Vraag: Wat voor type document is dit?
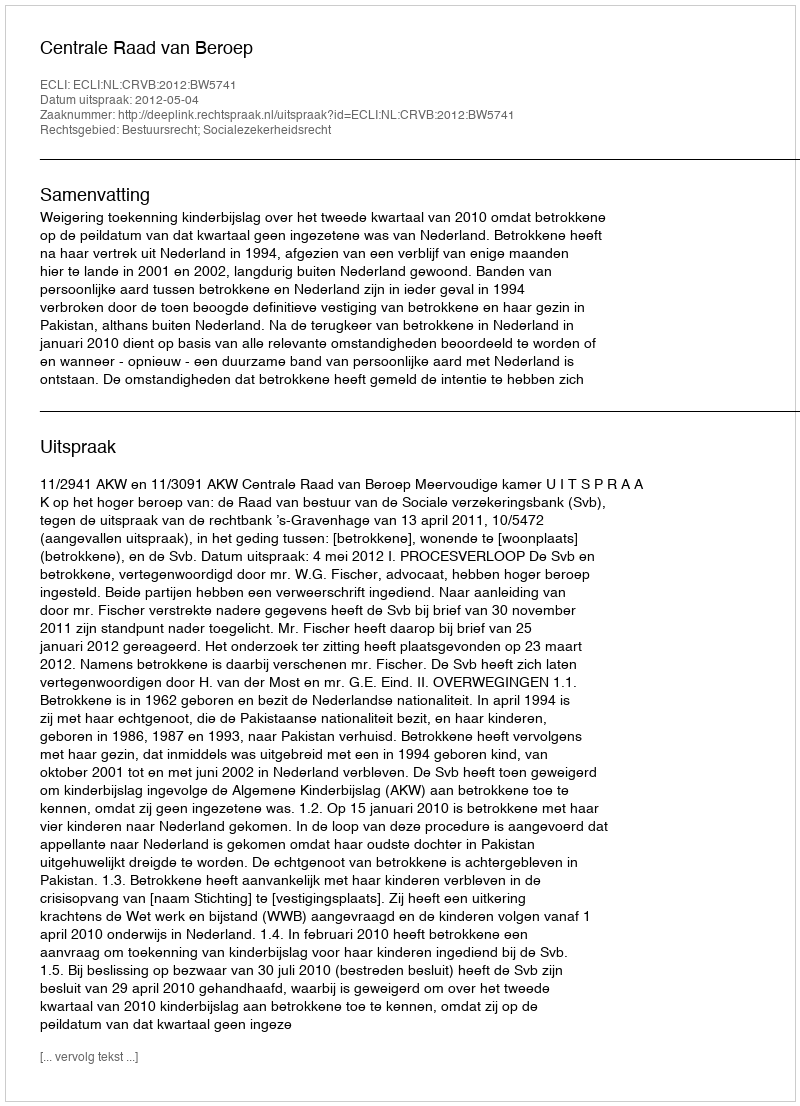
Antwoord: Uitspraak